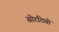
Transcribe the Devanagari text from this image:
सोरठियो